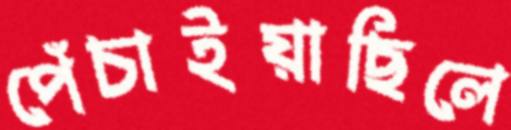
পেঁচাইয়াছিলে